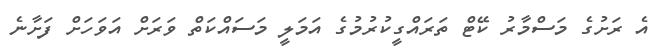
އެ ރަށުގެ މަސްމާރު ކޭޓް ތަރައްގީކުރުމުގެ އަމަލީ މަސައްކަތް ވަރަށް އަވަހަށް ފަށާނެ